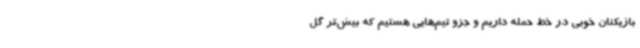
بازیکنان خوبی در خط حمله داریم و جزو تیم‌هایی هستیم که بیش‌تر گل‌